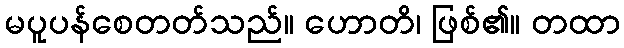
မပူပန်စေတတ်သည်။ ဟောတိ၊ ဖြစ်၏။ တထာ